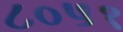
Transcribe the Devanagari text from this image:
८०५१